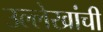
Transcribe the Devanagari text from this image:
उल्लेखांची